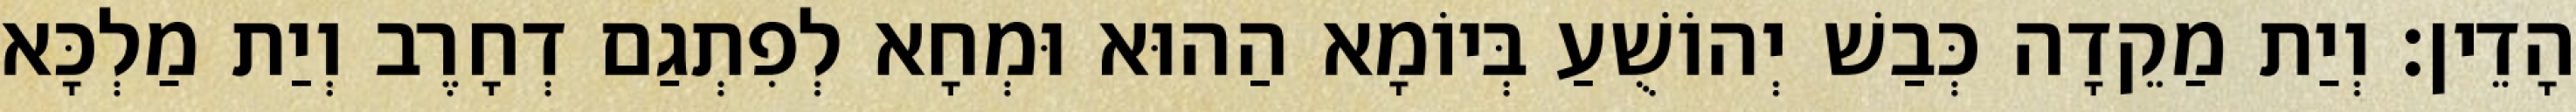
הָדֵין׃ וְיַת מַקֵדָה כְּבַשׁ יְהוֹשֻׁעַ בְּיוֹמָא הַהוּא וּמְחָא לְפִתְגַם דְחָרֶב וְיַת מַלְכָּא